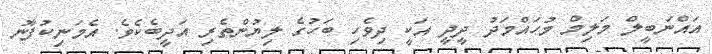
އައްނަބީލް މަލިމް މުޙައްމަދު ދީދީ އަކީ ދިވެހި ބަހުގެ ލިޔުންތެރި އަދީބެކެވެ. އެމަނިކުފާނު